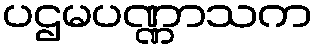
ပဌမပဏ္ဏာသက